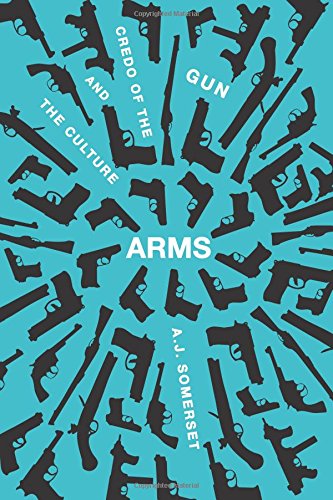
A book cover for Arms: The Culture and Credo of the Gun; A. J. Somerset; Humor & Entertainment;